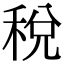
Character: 稅